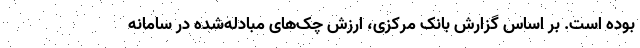
بوده است. بر اساس گزارش بانک مرکزی، ارزش چک‌های مبادله‌شده در سامانه